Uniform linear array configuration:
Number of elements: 32
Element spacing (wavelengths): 1
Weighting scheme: exponential
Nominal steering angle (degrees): -60
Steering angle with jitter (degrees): -59.845
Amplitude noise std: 0.05
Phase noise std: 0.05

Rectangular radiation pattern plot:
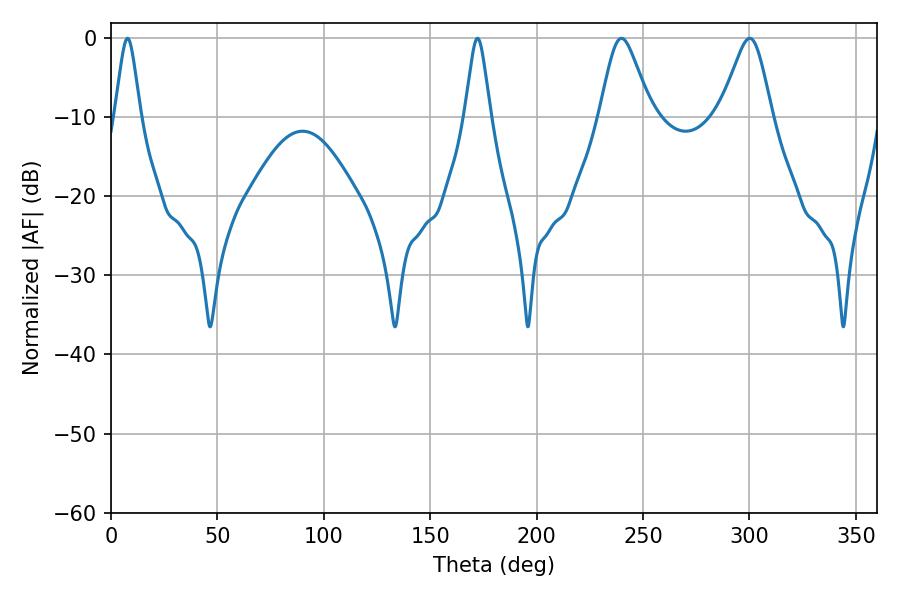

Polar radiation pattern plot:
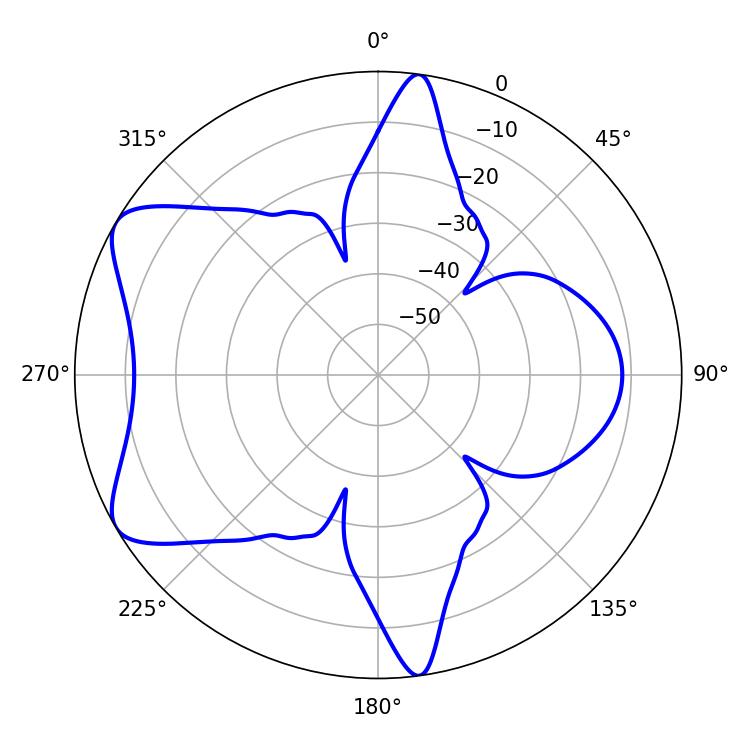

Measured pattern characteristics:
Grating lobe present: TRUE
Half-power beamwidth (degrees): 5.76
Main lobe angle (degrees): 7.74